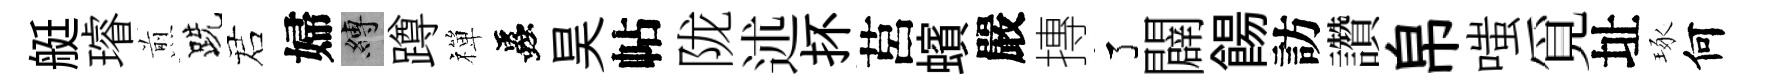
艇璿煎跣诺婦縛蹲禪蟲昊帖陇述抔莒蠙嚴摶了闢餳訪讚帛嗤覓址琢何